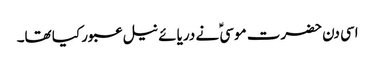
اسی دن حضرت موسیؑ نے دریائے نیل عبور کیا تھا۔